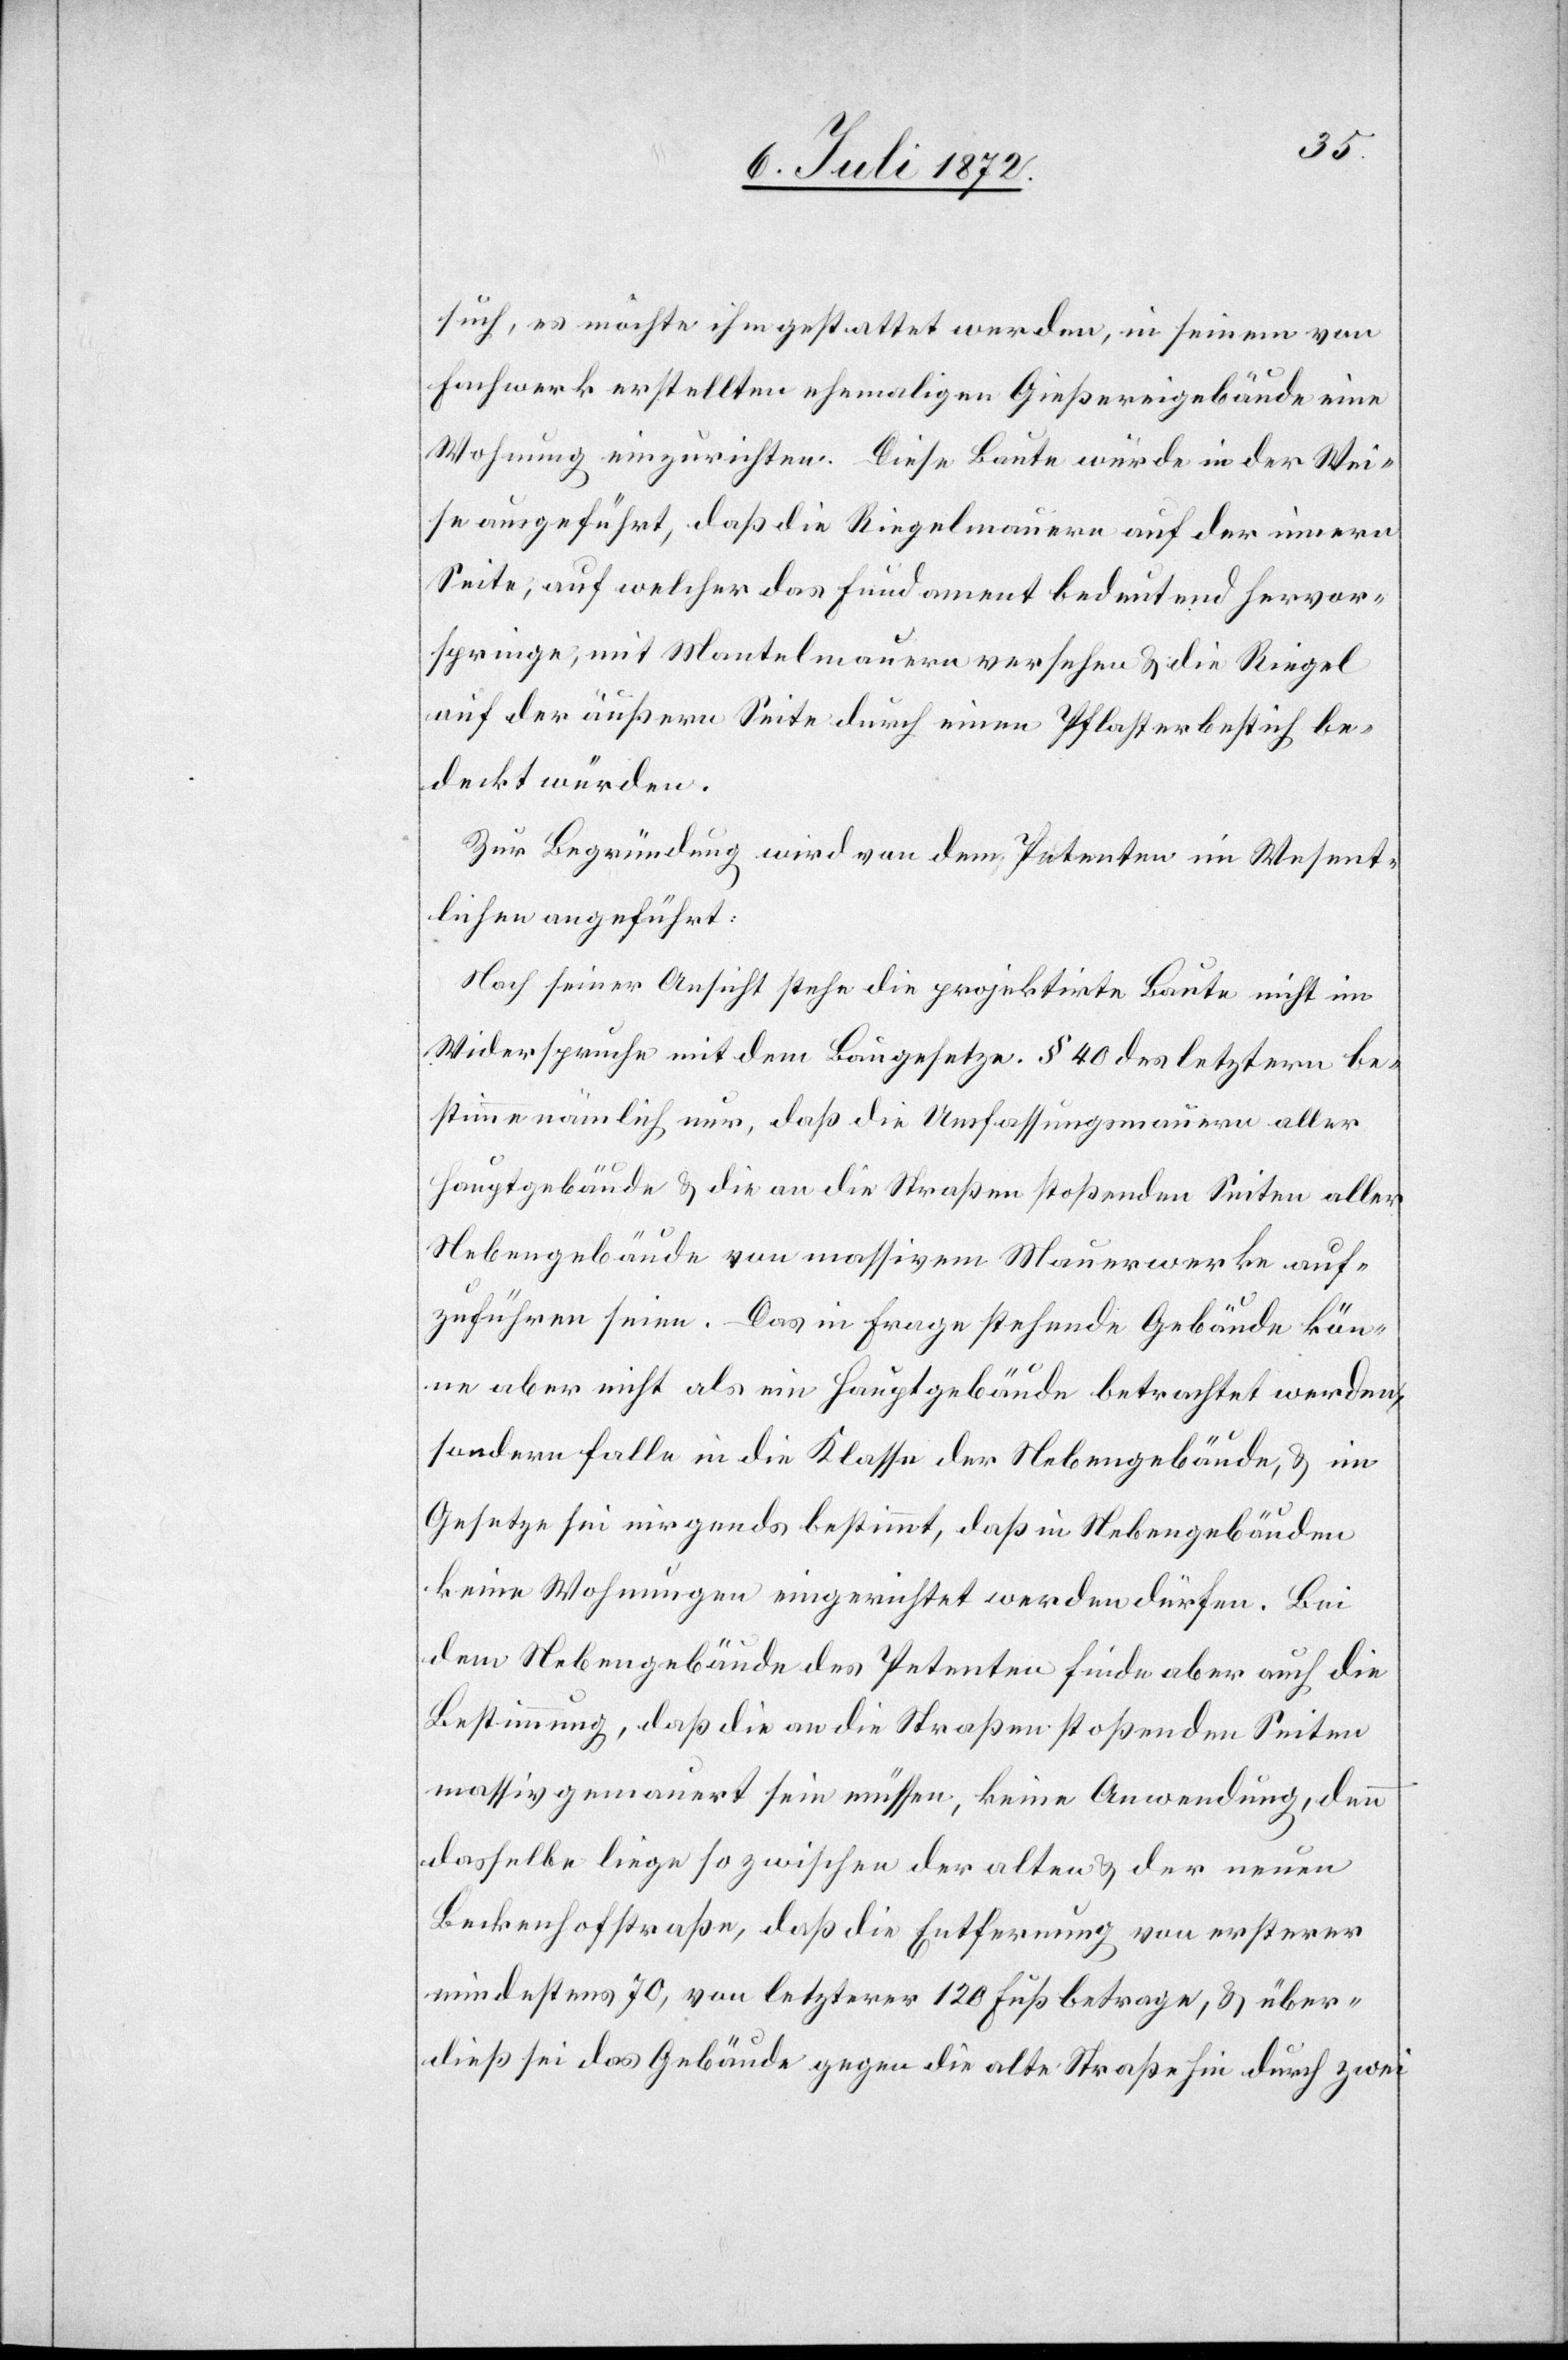
such, es möchte ihm gestattet werden, in seinem von
Fachwerk erstellten ehemaligen Gießereigebäude eine
Wohnung einzurichten. Diese Baute würde in der Wei¬
se ausgeführt, daß die Riegelmauern auf der innern
Seite, auf welcher das Fundament bedeutend hervor¬
springe, mit Mantelmauern versehen u. die Riegel
auf der äußern Seite durch einen Pflasterbestich be¬
deckt würden.
Zur Begründung wird von dem Petenten im Wesent¬
lichen angeführt:
Nach seiner Ansicht stehe die projektirte Baute nicht im
Widerspruche mit dem Baugesetze. § 40 des letztern be¬
stimme nämlich nur, daß die Umfassungsmauern aller
Hauptgebäude u. die an die Straßen stoßenden Seiten aller
Nebengebäude von massivem Mauerwerke auf¬
zuführen seien. Das in Frage stehende Gebäude kön¬
ne aber nicht als ein Hauptgebäude betrachtet werden,
sondern falle in die Klasse der Nebengebäude, u. im
Gesetze sei nirgends bestimmt, daß in Nebengebäuden
keine Wohnungen eingerichtet werden dürfen. Bei
dem Nebengebäude des Petenten finde aber auch die
Bestimmung, daß die an die Straßen stoßenden Seiten
massiv gemauert sein müssen, keine Anwendung, denn
dasselbe liege so zwischen der alten u. der neuen
Beckenhofstraße, daß die Entfernung von ersterer
mindestens 70, von letzterer 120 Fuß betrage, u. über¬
dieß sei das Gebäude gegen die alte Straße hin durch zwei